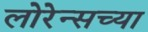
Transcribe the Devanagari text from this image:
लोरेन्सच्या